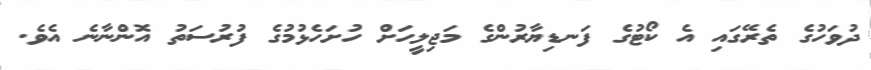
ދުވަހުގެ ތެރޭގައި އެ ކޯޓުގެ ފަނޑިޔާރުންގެ މަޖިލީހަށް ހުށަހެޅުމުގެ ފުރުސަތު އޮންނާނެ އެވެ.